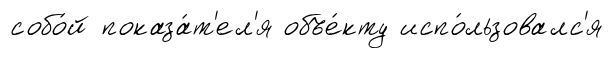
собо́й показа́т'ел'я объе́кту испо́льзовалс'я